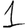
Digit: 1